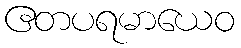
ဧတပရမာယေဝ